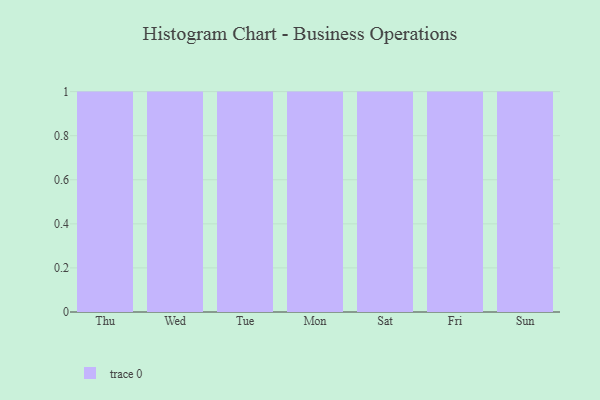
{"axis": {"x": "Day", "y": "Population (Million)"}, "legend": [""], "data": [{"x": "Thu", "y": 82, "type": ""}, {"x": "Wed", "y": 88, "type": ""}, {"x": "Tue", "y": 64, "type": ""}, {"x": "Mon", "y": 99, "type": ""}, {"x": "Sat", "y": 100, "type": ""}, {"x": "Fri", "y": 56, "type": ""}, {"x": "Sun", "y": 64, "type": ""}]}